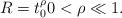
LaTeX: \begin{align*}R = t_0^{\rho}0 < \rho \ll 1.\end{align*}